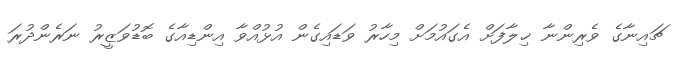
ޗައިނާގެ ވެރިންނާ ޚިލާފަށް އެގައުމަށް މިހާރު ވަޑައިގެން އުޅުއްވާ އިންޑިއާގެ ބޮޑުވަޒީރު ނަރެންދުރަ